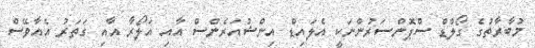
މުބާރާތުގެ ގޯލްޑް ސްޕޮންސަރުންނަކީ އެލައިޑް އިންޝުއަރެންސް އާއި އަލޯރާ އާއި ގަތަރު އެއާވޭސް